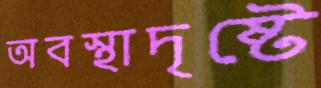
অবস্থাদৃষ্টে